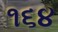
૧૬૪